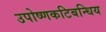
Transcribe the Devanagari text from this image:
उपोष्णकटिबन्धिय